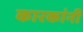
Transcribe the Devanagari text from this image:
कारकांनी